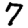
Digit: 7